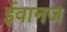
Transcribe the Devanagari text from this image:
ईवानज